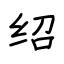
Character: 绍